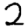
Digit: 2